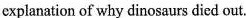
explanation of why dinosaurs died out.